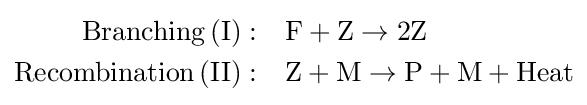
{\begin{aligned}{\rm {Branching\,(I):}}&\quad {\rm {{F}+{\rm {{Z}\rightarrow 2{\rm {Z}}}}}}\\{\rm {Recombination\,(II):}}&\quad {\rm {{Z}+{\rm {{M}\rightarrow {\rm {{P}+{\rm {{M}+{\rm {Heat}}}}}}}}}}\end{aligned}}